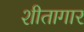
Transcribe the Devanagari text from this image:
शीतागार